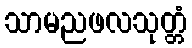
သာမညဖလသုတ္တံ